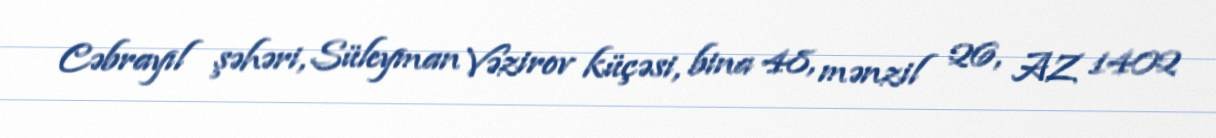
Cəbrayıl şəhəri, Süleyman Vəzirov küçəsi, bina 48, mənzil 26, AZ 1402